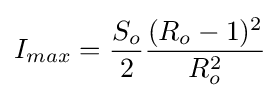
I_{max}={\frac {S_{o}}{2}}{\frac {(R_{o}-1)^{2}}{R_{o}^{2}}}